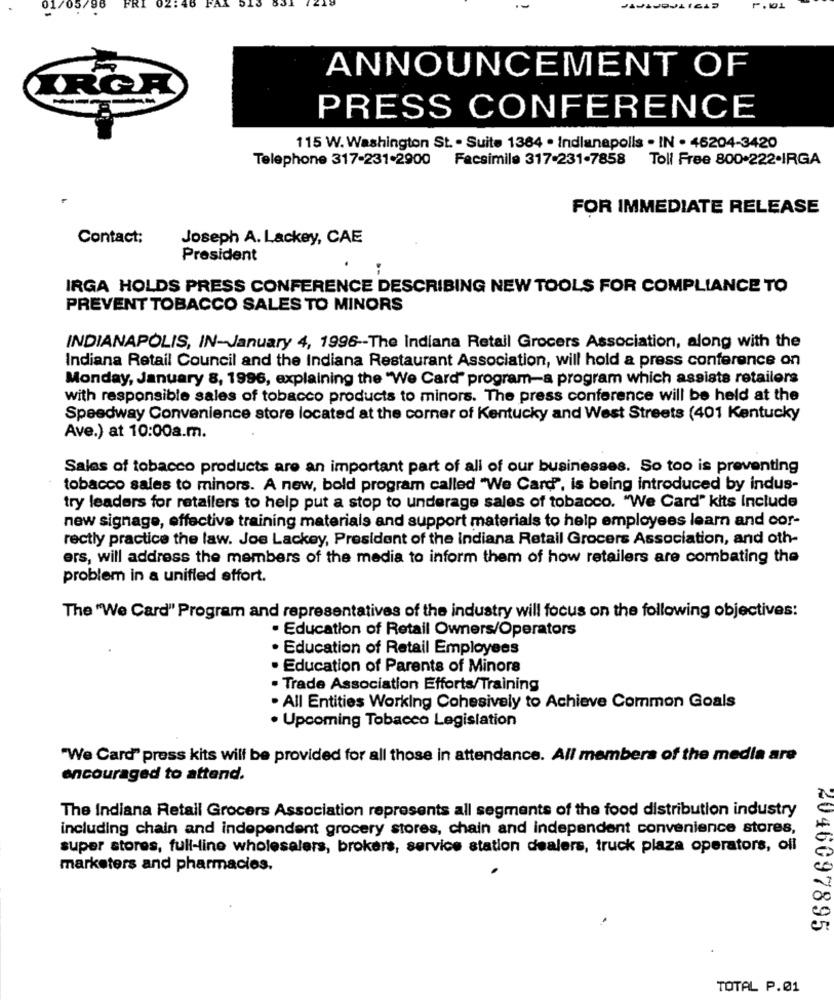
101
ANNOUNCEMENT OF
IRGA
PRESS CONFERENCE
115 W. Washington St. . Suite 1364 . Indianapolis . IN . 46204-3420
Telephone 317-231-2900 Facsimile 317-231-7858
Toll Free 800.222-IRGA
FOR IMMEDIATE RELEASE
Contact:
Joseph A. Lackey, CAE
President
IRGA HOLDS PRESS CONFERENCE DESCRIBING NEW TOOLS FOR COMPLIANCE TO
PREVENT TOBACCO SALES TO MINORS
INDIANAPOLIS, IN-January 4, 1996 -- The Indiana Retail Grocers Association, along with the
Indiana Retail Council and the Indiana Restaurant Association, will hold a press conference on
Monday, January 8, 1996, explaining the "We Card" program-a program which assists retailers
with responsible sales of tobacco products to minors. The press conference will be held at the
Speedway Convenience store located at the corner of Kentucky and West Streets (401 Kentucky
Ave.) at 10:00a.m.
Sales of tobacco products are an important part of all of our businesses. So too is preventing
tobacco sales to minors. A new, bold program called "We Card", is being introduced by indus-
try leaders for retailers to help put a stop to underage sales of tobacco. "We Card" kits Include
new signage, effective training materials and support materials to help employees learn and cor-
rectly practice the law. Joe Lackey, President of the indiana Retail Grocers Association, and oth-
ers, will address the members of the media to inform them of how retailers are combating the
problem in a unified effort.
The "We Card" Program and representatives of the industry will focus on the following objectives:
· Education of Retail Owners/Operators
· Education of Retail Employees
· Education of Parents of Minors
· Trade Association Efforts/Training
. All Entities Working Cohesively to Achieve Common Goals
· Upcoming Tobacco Legislation
"We Card" press kits will be provided for all those in attendance. All members of the media are
encouraged to attend.
The Indiana Retail Grocers Association represents all segments of the food distribution industry
including chain and independent grocery stores, chain and independent convenience stores,
super stores, full-line wholesalers, brokers, service station dealers, truck plaza operators, ofl
marketers and pharmacies.
2046097895
TOTAL P.01